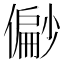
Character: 𫣪